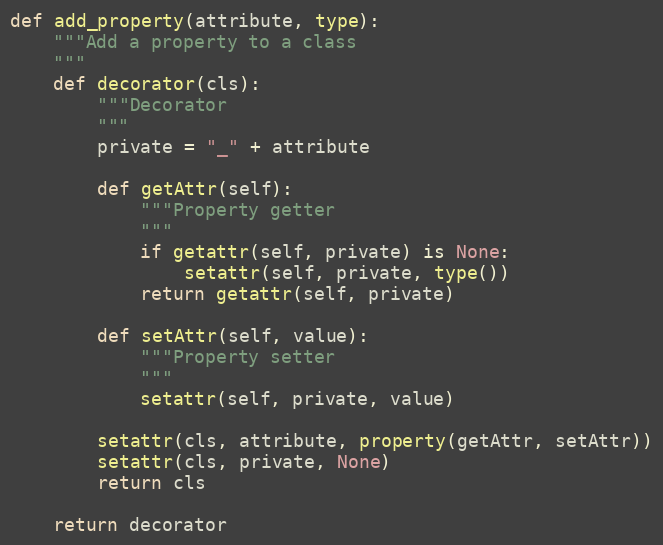
Language: Python
def add_property(attribute, type):
    """Add a property to a class
    """
    def decorator(cls):
        """Decorator
        """
        private = "_" + attribute

        def getAttr(self):
            """Property getter
            """
            if getattr(self, private) is None:
                setattr(self, private, type())
            return getattr(self, private)

        def setAttr(self, value):
            """Property setter
            """
            setattr(self, private, value)

        setattr(cls, attribute, property(getAttr, setAttr))
        setattr(cls, private, None)
        return cls

    return decorator